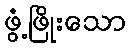
ဖွံ့ဖြိုးသော